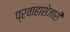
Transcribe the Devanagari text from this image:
प्रवाहाशेजारी